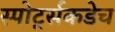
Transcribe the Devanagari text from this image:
स्पोर्ट्सकडेच